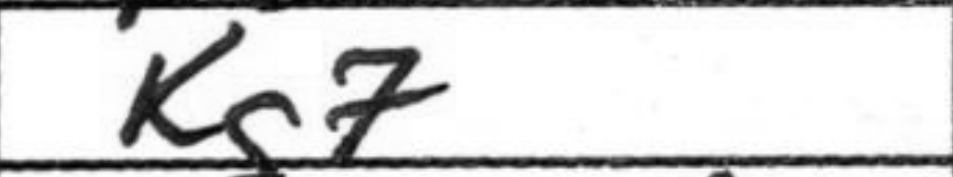
Transcription: Kg7